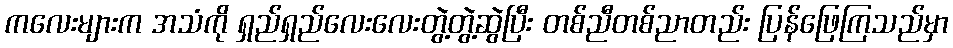
ကလေးများက အသံကို ရှည်ရှည်လေးလေးတွဲ့တွဲ့ဆွဲပြီး တစ်ညီတစ်ညာတည်း ပြန်ဖြေကြသည်မှာ